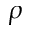
\rho